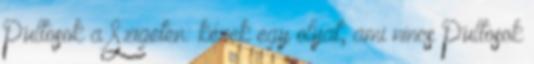
Pultosok a Szigeten: kérek egy olyat, ami nincs Pultosok